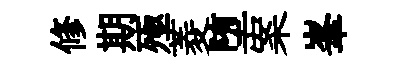
修期殛菱堕案峯